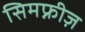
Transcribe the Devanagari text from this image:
सिमफ्नीज़